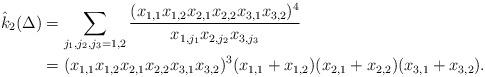
LaTeX: \begin{align*}\hat{k}_2({\Delta})&=\sum_{j_1,j_2,j_3=1,2}\dfrac{(x_{1,1}x_{1,2}x_{2,1}x_{2,2}x_{3,1}x_{3,2})^4}{x_{1,j_1}x_{2,j_2}x_{3,j_3}}\\&=(x_{1,1}x_{1,2}x_{2,1}x_{2,2}x_{3,1}x_{3,2})^3(x_{1,1}+x_{1,2})(x_{2,1}+x_{2,2})(x_{3,1}+x_{3,2}).\end{align*}